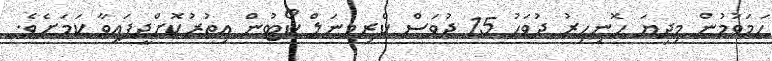
ހަމަވުމުން މިދިޔަ ހޮނިހިރު ދުވަހު 15 ދުވަސް ކްރިމިނަލް ކޯޓުން އިތުރުކޮށްދީފައިވާ ކަމަށެވެ.